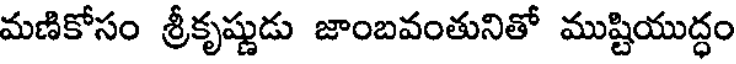
మణికోసం శ్రీకృష్ణుడు జాంబవంతునితో ముష్టియుద్ధం